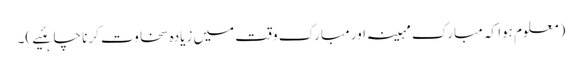
(معلوم ہوا کہ مبارک مہینہ اور مبارک وقت میں زیادہ سخاوت کرنا چاہئیے )۔